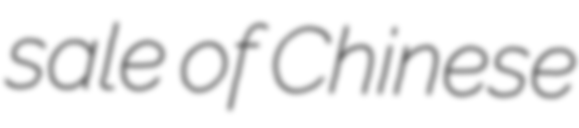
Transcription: sale of Chinese